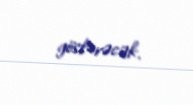
göstərəcək.